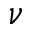
\nu